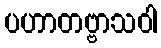
ပဟာတဗ္ဗာသဝါ